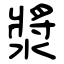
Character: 漿